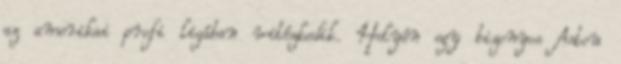
az amerikai profi ligában vitézkedik. Helyén egy bizonyos Astou